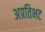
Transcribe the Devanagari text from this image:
अप्रतिभट